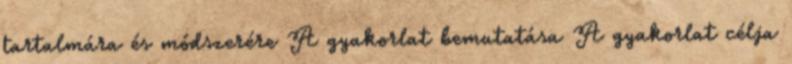
tartalmára és módszerére A gyakorlat bemutatása A gyakorlat célja